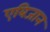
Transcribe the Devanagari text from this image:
एबिजान